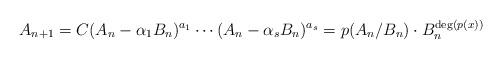
LaTeX: \begin{align*} A_{n+1} = C(A_n-\alpha_1 B_n)^{a_1}\cdots (A_n-\alpha_s B_n)^{a_s} = p(A_n/B_n) \cdot B_n^{{\rm deg}(p(x))} \end{align*}